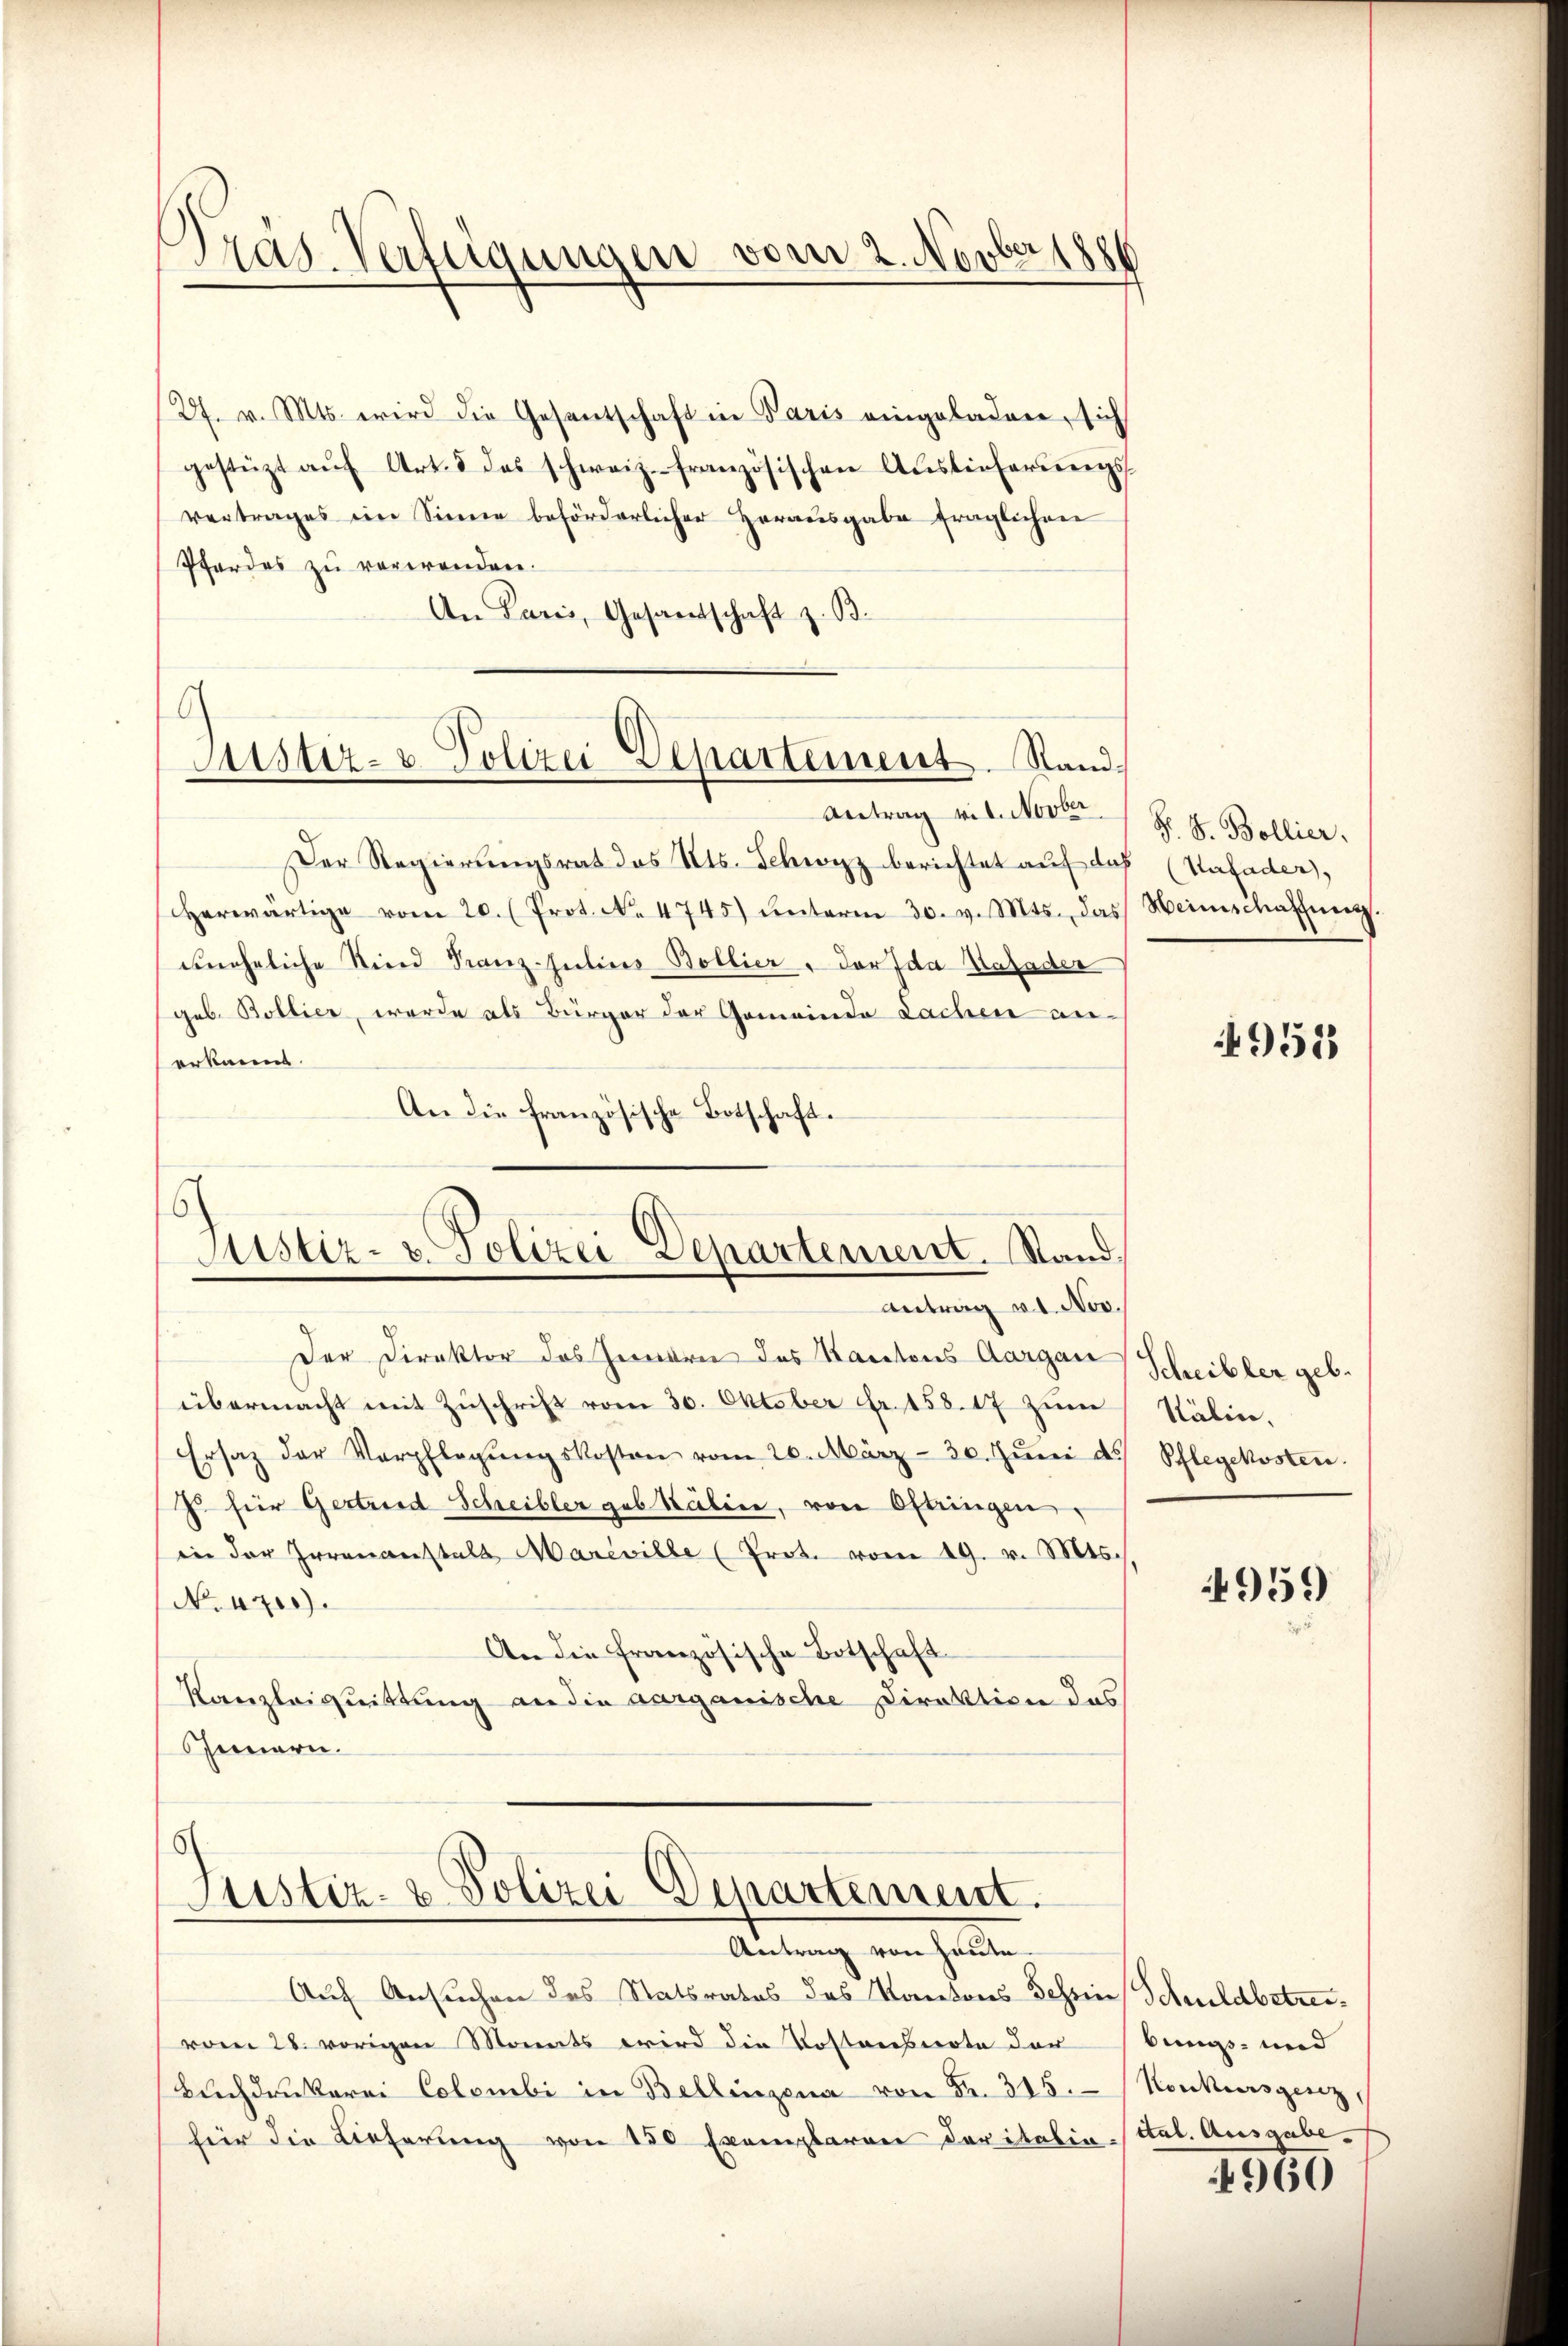
)
Pras. Verfügungen vom 2. Novber 188

(27. v. Mts. wird die Gesantschaft in Paris eingeladen, sich
gestüzt aŭf Art. 5 das schweiz. französischen Auslieferŭngs-
vertrages im Sinne beförderlicher Herausgabe fraglichen
Pferdes zu verwenden.
An Paris, Gesandschaft z. B.

6
Austiz- & Polizei Departement. Stand

Justiz- u. Polizei Departement. Stand,
Antrag v. 1. Nov.

Justiz- & Polizei Departement.
Antrag von Heute

Antrag vil. Novber
Der Regierungsrat des Kts. Schwyz berichtet auf das (Vafader,
herwärtige vom 20. (Prot. No. 4745) ŭnterm 30. v. Mts. das Heimschaffung.
uneheliche Kind Franz-Julius Bollier, darf da Kalader
geb. Bollier, werde als Bürger der Gemeinde Lachen anerkannt.
An die französische Botschaft.

Der Direktor des Heiden des Kantons Aargau
übermacht mit Zuschrift vom 30. Oktober Fr. 158. 17 zum
Ersatz der Verpflegŭngskosten vom 26. März - 30. Jŭni d. Pflegekosten.
J. hier Gertrend Scheibler geb Käline, von Oftringen.
in der Irrenanstalt Mareville (Prot. vom 19. v. Mts.,
No. 4700).
An die französische Botschaft
Kanzleiquittung an die aarganische Direktion das
Innern.

Auf Ansuchen des Statsrates des Kantons Tessin
vom 28. vorigen Monats wird die Kostenbierte der
Buchdrukerei Colombi in Bellinzona von Fr. 315.
für die Lieferung von 150 Exemplaren der italin-

F. S. Bollier.

4952

Scheibler geb.
Stälin.

4959

Schuldbetreibungs- und
Konkursgeri
ttal. Ausgabe.

4960